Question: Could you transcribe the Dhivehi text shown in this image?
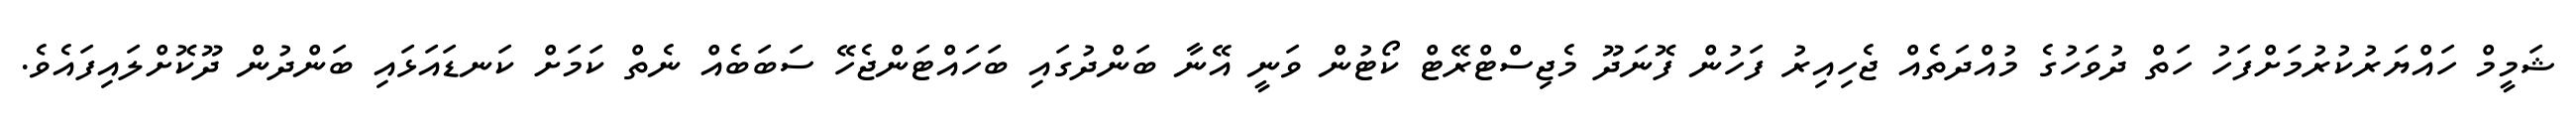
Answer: ޝަމީމް ހައްޔަރުކުރުމަށްފަހު ހަތް ދުވަހުގެ މުއްދަތެއް ޖެހިއިރު ފަހުން ފޮނަދޫ މެޖިސްޓްރޭޓް ކޯޓުން ވަނީ އޭނާ ބަންދުގައި ބަހައްޓަންޖެހޭ ސަބަބެއް ނެތް ކަމަށް ކަނޑައަޅައި ބަންދުން ދޫކޮށްލައިފައެވެ.